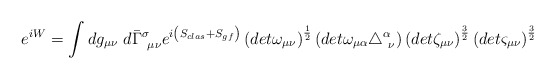
\begin{align*}e^{i W} =\int dg_{\mu \nu }~ d\bar{\Gamma}^\sigma_{~\mu \nu }e^{i \left( S_{clas} + S_{gf} \right) }\left(det \omega_{\mu \nu } \right)^\frac{1}{2}\left(det \omega_{\mu \alpha} \triangle^\alpha_{~\nu} \right)\left(det \zeta_{\mu \nu } \right)^\frac{3}{2}\left(det \varsigma_{\mu \nu } \right)^\frac{3}{2}\end{align*}